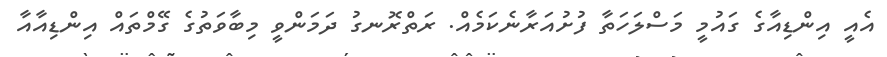
އެއީ އިންޑިއާގެ ގައުމީ މަސްލަހަތާ ފުށުއަރާނެކަމެއް. ރަތްރޮނގު ދަމަންވީ މިބާވަތުގެ ގޭމްތައް އިންޑިއާއާ